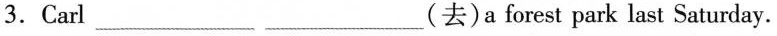
3.Carl___ ___ ___(去)a forest park last Saturday.